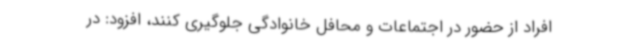
افراد از حضور در اجتماعات و محافل خانوادگی جلوگیری کنند، افزود: در